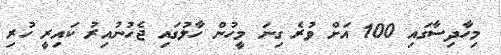
މިހާދިސާގައި 100 އަށް ވުރެ ގިނަ މީހުން ހާލުގައި ޖެހުނުއިރު ކައިރީ ހުރި